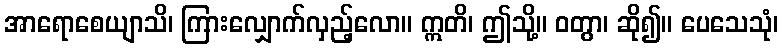
အာရောစေယျာသိ၊ ကြားလျှောက်လှည့်လော။ ဣတိ၊ ဤသို့။ ဝတွာ၊ ဆို၍။ ပေသေသုံ၊